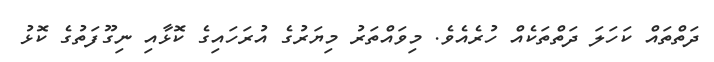
ދަތްތައް ކަހަލަ ދަތްތަކެއް ހުރެއެވެ. މިވައްތަރު މިޔަރުގެ އުރަހައިގެ ކޮޅާއި ނިގޫފަތުގެ ކޮޅު